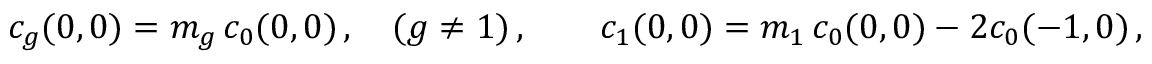
c _ { g } ( 0 , 0 ) = m _ { g } \, c _ { 0 } ( 0 , 0 ) \, , \quad ( g \neq 1 ) \, , \qquad c _ { 1 } ( 0 , 0 ) = m _ { 1 } \, c _ { 0 } ( 0 , 0 ) - 2 c _ { 0 } ( - 1 , 0 ) \, ,